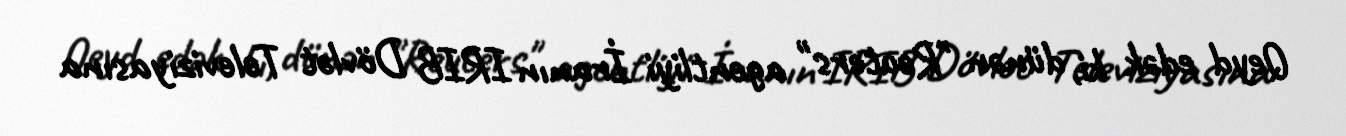
Qeyd edək ki, dünən "Reuters" agentliyi İranın IRIB Dövlət Televiziyasına